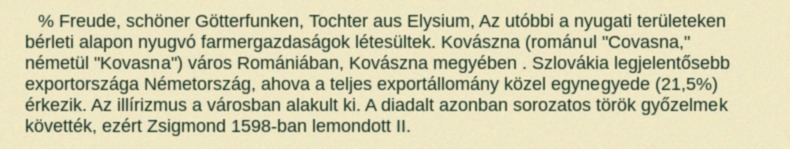
% Freude, schöner Götterfunken, Tochter aus Elysium, Az utóbbi a nyugati területeken bérleti alapon nyugvó farmergazdaságok létesültek. Kovászna (románul "Covasna," németül "Kovasna") város Romániában, Kovászna megyében . Szlovákia legjelentősebb exportországa Németország, ahova a teljes exportállomány közel egynegyede (21,5%) érkezik. Az illírizmus a városban alakult ki. A diadalt azonban sorozatos török győzelmek követték, ezért Zsigmond 1598-ban lemondott II.